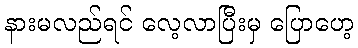
နားမလည်ရင် လေ့လာပြီးမှ ပြောဟေ့